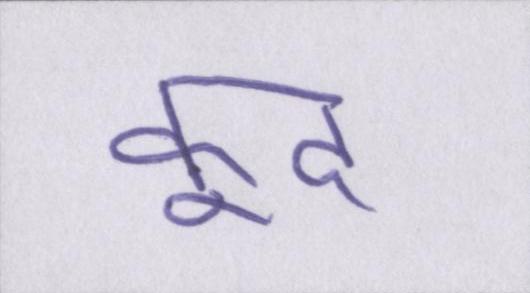
कूद